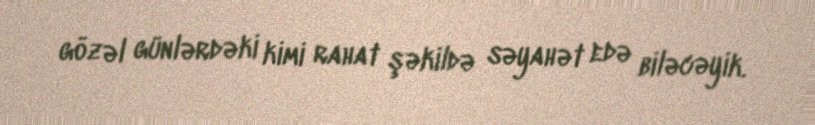
gözəl günlərdəki kimi rahat şəkildə səyahət edə biləcəyik.